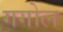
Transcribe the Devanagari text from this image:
गगोल